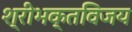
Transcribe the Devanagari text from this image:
श्रीभक्तविजय